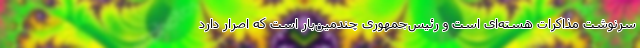
سرنوشت مذاکرات هسته‌ای است و رئیس‌جمهوری چندمین‌بار است که اصرار دارد